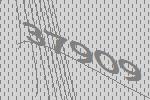
37909